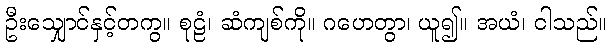
ဦးသျှောင်နှင့်တကွ။ စုဠံ၊ ဆံကျစ်ကို။ ဂဟေတွာ၊ ယူ၍။ အယံ၊ ငါသည်။